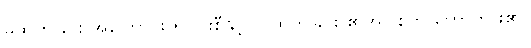
မထွက်ခြင်း အကြောင်း ၅-ပါးစီနှင့် လူထွက်ခြင်း ၏အပြစ်ကို ဟောထား၏။